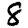
Digit: 8